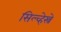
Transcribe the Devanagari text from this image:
सिल्व्हेस्त्रे